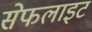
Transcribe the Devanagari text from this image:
सेफलाइट